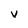
Character: V